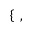
\left\{ \begin{array} { r l } \end{array} \right. \, ,